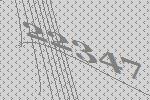
22347